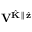
\mathbf { V } ^ { \hat { \mathbf { K } } \parallel \hat { \mathbf { z } } }